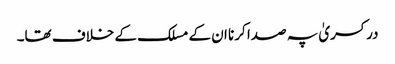
در کسریٰ پہ صدا کرنا ان کے مسلک کے خلاف تھا۔